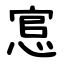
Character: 悹